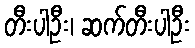
တီးပါဦး၊ ဆက်တီးပါဦး